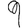
Digit: 9